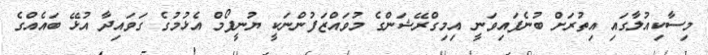
މިސާކިއުލާގައި އިތުރަށް ބުނެފައިވަނީ އިމިގްރޭޝަންގެ މުވައްޒަފުންނަކީ ޔުނީފޯމް އެޅުމުގެ ގަވައިދާ އުޅޭ ބައެއްގެ